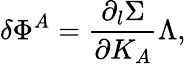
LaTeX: \delta\Phi^{A}={\frac{\partial_{l}\Sigma}{\partial K_{A}}}\Lambda,